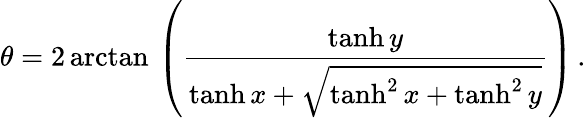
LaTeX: \theta=2\arctan\, \left({\frac{\operatorname{tanh}y}{\operatorname{tanh}x+{\sqrt{\operatorname{tanh}^{2}x+\operatorname{tanh}^{2}y}}}}\right)\, .